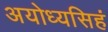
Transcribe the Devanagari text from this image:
अयोध्यसिहं